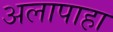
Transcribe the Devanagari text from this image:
अलापाहा